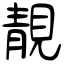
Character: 靚